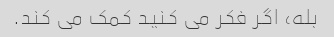
بله، اگر فکر می کنید کمک می کند.